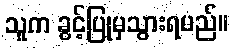
သူက ခွင့်ပြုမှသွားရမည်။